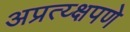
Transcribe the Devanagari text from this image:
अप्रत्य्क्षपणे